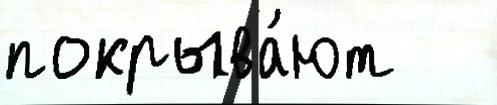
покрыва́ют